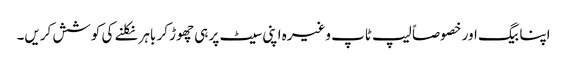
اپنا بیگ اور خصوصاً لیپ ٹاپ وغیرہ اپنی سیٹ پر ہی چھوڑ کر باہر نکلنے کی کوشش کریں۔